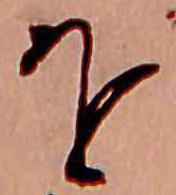
を